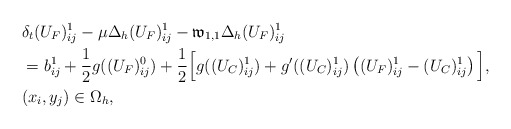
\begin{align*} &\delta_{t}(U_F)^{1}_{ij}-\mu\Delta_{h} (U_F)^{1}_{ij}- \mathfrak{w}_{1,1}\Delta_{h} (U_F)^{1}_{ij} \\ &=b^{1}_{ij}+\frac{1}{2}g((U_F)^{0}_{ij})+ \frac{1}{2}\Big[g((U_C)^1_{ij})+g'((U_C)^1_{ij})\left((U_F)_{ij}^1-(U_C)_{ij}^1\right)\Big],\\ &(x_i,y_j)\in\Omega_{h}, \end{align*}